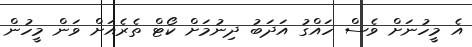
އެ މީހުނަށް ވެސް ހައްގު އަދަބު ދިނުމަށް ކޯޓް ތެރެއަށް ވަން މީހުން